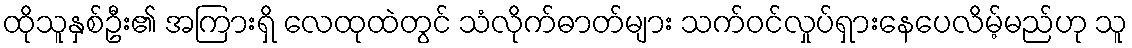
ထိုသူနှစ်ဦး၏ အကြားရှိ လေထုထဲတွင် သံလိုက်ဓာတ်များ သက်ဝင်လှုပ်ရှားနေပေလိမ့်မည်ဟု သူ